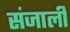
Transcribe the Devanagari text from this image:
संजाली